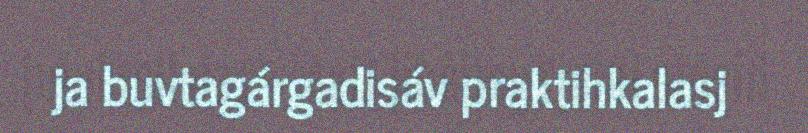
ja buvtagárgadisáv praktihkalasj